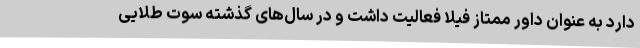
دارد به عنوان داور ممتاز فیلا فعالیت داشت و در سال‌های گذشته سوت طلایی